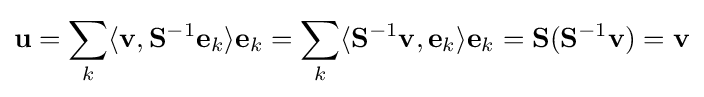
\mathbf {u} =\sum _{k}\langle \mathbf {v} ,\mathbf {S} ^{-1}\mathbf {e} _{k}\rangle \mathbf {e} _{k}=\sum _{k}\langle \mathbf {S} ^{-1}\mathbf {v} ,\mathbf {e} _{k}\rangle \mathbf {e} _{k}=\mathbf {S} (\mathbf {S} ^{-1}\mathbf {v} )=\mathbf {v}